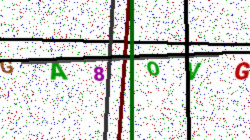
Text: GA8OVG